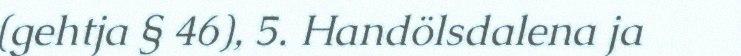
(gehtja § 46), 5. Handölsdalena ja